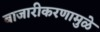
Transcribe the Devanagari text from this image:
बाजारीकरणामुळे